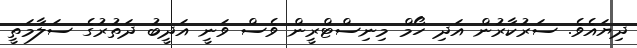
ދިޔައެވެ. ސަރުކާރުން އަދި ހޯމް މިނިސްޓްރީން ވެސް ވަނީ އަދީބު ދަތުރުގެ ސަލާމަތީ